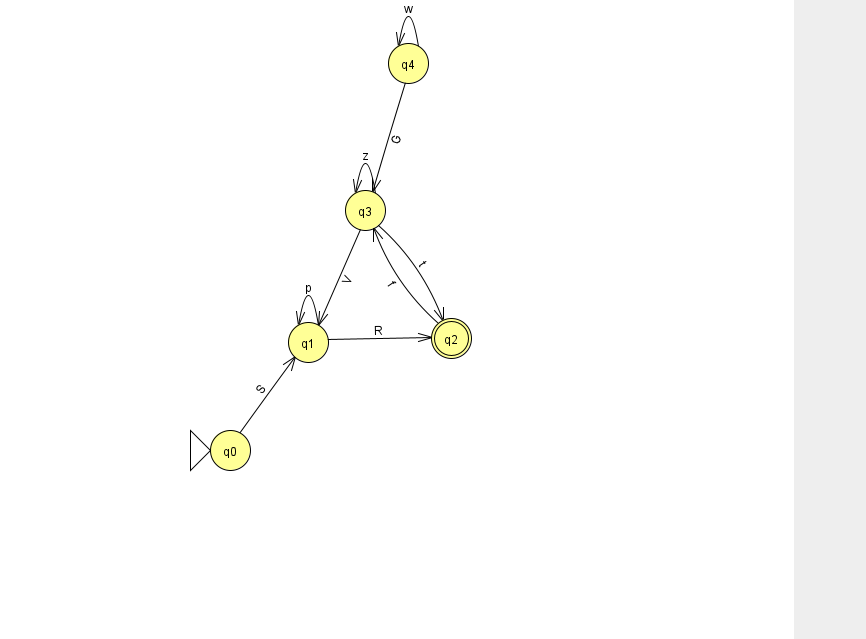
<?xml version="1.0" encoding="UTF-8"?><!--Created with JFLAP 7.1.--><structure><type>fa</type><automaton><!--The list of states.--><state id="0" name="q0"><x>230.0</x><y>437.0</y><initial/></state><state id="1" name="q1"><x>308.0</x><y>329.0</y></state><state id="2" name="q2"><x>451.0</x><y>325.0</y><final/></state><state id="3" name="q3"><x>365.0</x><y>197.0</y></state><state id="4" name="q4"><x>408.0</x><y>50.0</y></state><!--The list of transitions.--><transition><from>1</from><to>1</to><read>p</read></transition><transition><from>1</from><to>2</to><read>R</read></transition><transition><from>4</from><to>3</to><read>G</read></transition><transition><from>4</from><to>4</to><read>w</read></transition><transition><from>2</from><to>3</to><read>f</read></transition><transition><from>3</from><to>1</to><read>V</read></transition><transition><from>3</from><to>3</to><read>z</read></transition><transition><from>0</from><to>1</to><read>S</read></transition><transition><from>3</from><to>2</to><read>t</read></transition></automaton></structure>